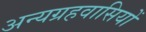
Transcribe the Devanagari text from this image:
अन्यग्रहवासियों